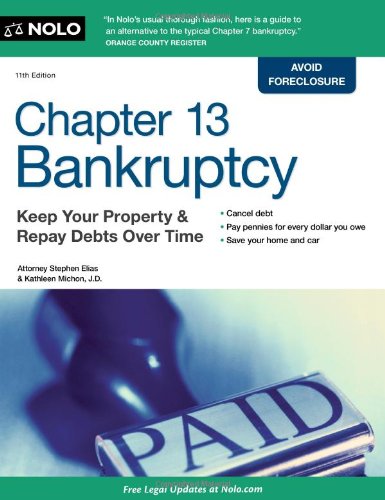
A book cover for Chapter 13 Bankruptcy: Keep Your Property & Repay Debts Over Time; Stephen Elias Attorney; Law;